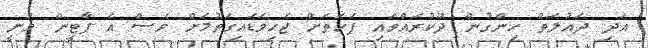
އަދި ދައުލަތް ހިންގުން ދޫކުރައްވައި ފަހަތަށް ޖެހިވަޑައިގަތުމަށް ވެސް އެ ޕާޓީން ވަނީ